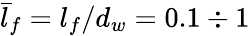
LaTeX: \bar{l}_{f}=l_{f}/d_{w}=0.1\div 1